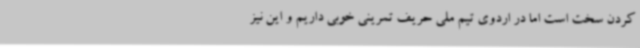
کردن سخت است اما در اردوی تیم ملی حریف تمرینی خوبی داریم و این نیز